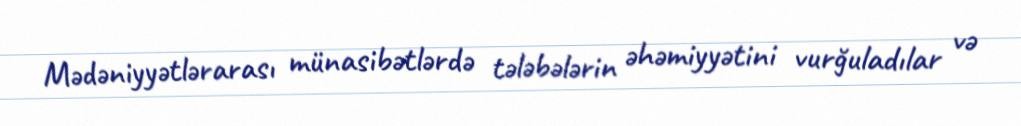
Mədəniyyətlərarası münasibətlərdə tələbələrin əhəmiyyətini vurğuladılar və